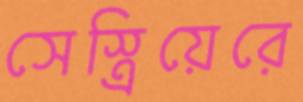
সেস্ত্রিয়েরে